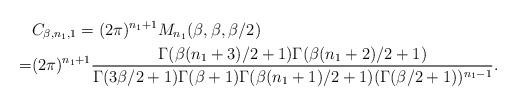
LaTeX: \begin{align*}&{C_{\beta,n_1,1}}=(2\pi)^{n_1+1}M_{n_1}(\beta,\beta,\beta/2)\\=&(2\pi)^{n_1+1}\frac{\Gamma(\beta (n_1+3)/2+1)\Gamma(\beta (n_1+2)/2+1)}{\Gamma(3\beta/2 +1)\Gamma(\beta+1)\Gamma(\beta (n_1+1)/2+1)(\Gamma(\beta/2+1))^{n_1-1}}.\end{align*}